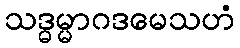
သဒ္ဓမ္မာဂဒမေသဟံ